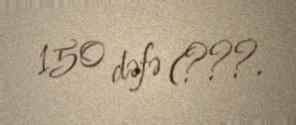
150 dəfə (???.